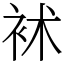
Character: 䘤